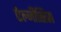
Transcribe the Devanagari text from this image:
ऐल्जीसिस